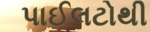
પાઈલટોથી